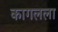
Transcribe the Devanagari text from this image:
कागलला